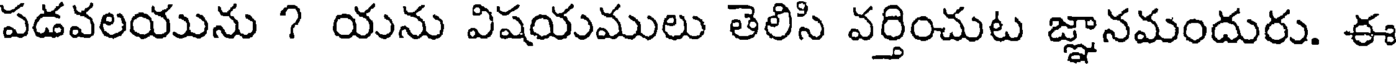
పడవలయును ? యను విషయములు తెలిసి వర్తించుట జ్ఞానమందురు. ఈ